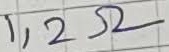
Text: 1,2Ω